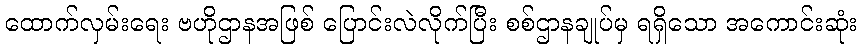
ထောက်လှမ်းရေး ဗဟိုဌာနအဖြစ် ပြောင်းလဲလိုက်ပြီး စစ်ဌာနချုပ်မှ ရရှိသော အကောင်းဆုံး